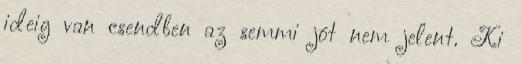
ideig van csendben az semmi jót nem jelent. Ki